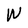
Character: W